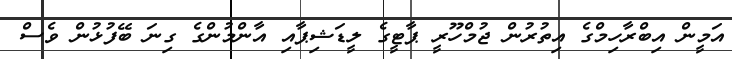
އަމީން އިބްރާހިމްގެ އިތުރުން ޖުމްހޫރީ ޕާޓީގެ ލީޑަޝިޕާއި އާންމުންގެ ގިނަ ބޭފުޅުން ވެސް